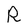
Character: R